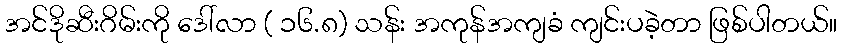
အင်ဒိုဆီးဂိမ်းကို ဒေါ်လာ ( ၁၆.၈) သန်း အကုန်အကျခံ ကျင်းပခဲ့တာ ဖြစ်ပါတယ်။